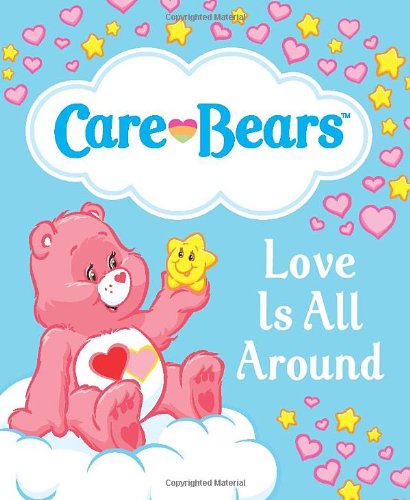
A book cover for Care Bears: Love Is All Around (Care Bears (Running Press)); Crafts, Hobbies & Home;